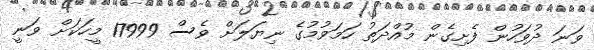
ވަނަ ދުވަހުން ފެށިގެން މުއްދަތު ހަމަވުމުގެ ނިޔަލަށް ވެސް 17999 މީހަކަށް ވަނީ